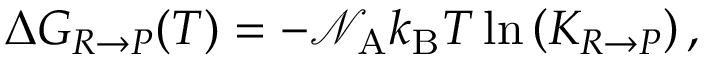
\Delta G _ { R \rightarrow P } ( T ) = - \mathcal { N } _ { \mathrm { A } } k _ { \mathrm { B } } T \ln \left( K _ { R \rightarrow P } \right) ,